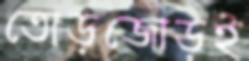
তোড়জোড়ই